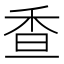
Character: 𩠺